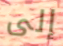
إلى